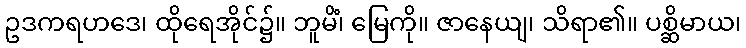
ဥဒကရဟဒေ၊ ထိုရေအိုင်၌။ ဘူမိံ၊ မြေကို။ ဇာနေယျ၊ သိရာ၏။ ပစ္ဆိမာယ၊